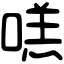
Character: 㗝